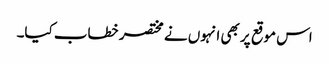
اس موقع پر بھی انہوں نے مختصر خطاب کیا۔